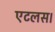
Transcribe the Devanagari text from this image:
एटलस।